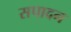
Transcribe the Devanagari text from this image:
सपादन